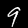
Digit: 9